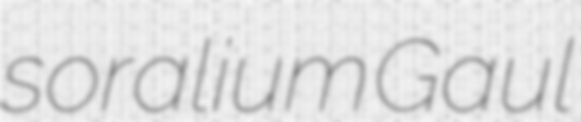
soralium Gaul